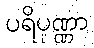
ပရိပုဏ္ဏာ